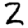
Digit: 2